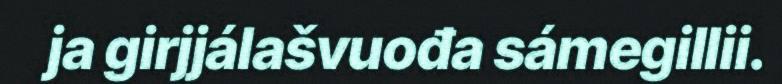
ja girjjálašvuođa sámegillii.